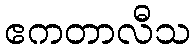
ဧကတာလီသ